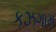
કઝગામ